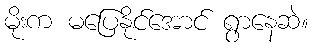
မိုးက မပြေနိုင်အောင် ရွာနေဆဲ။